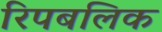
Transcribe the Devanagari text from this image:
रिपबलिक